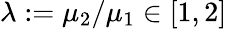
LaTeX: \lambda:=\mu_{2}/\mu_{1}\in[1,2]